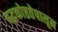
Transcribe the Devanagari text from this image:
बद्धकोष्ठतेपासून